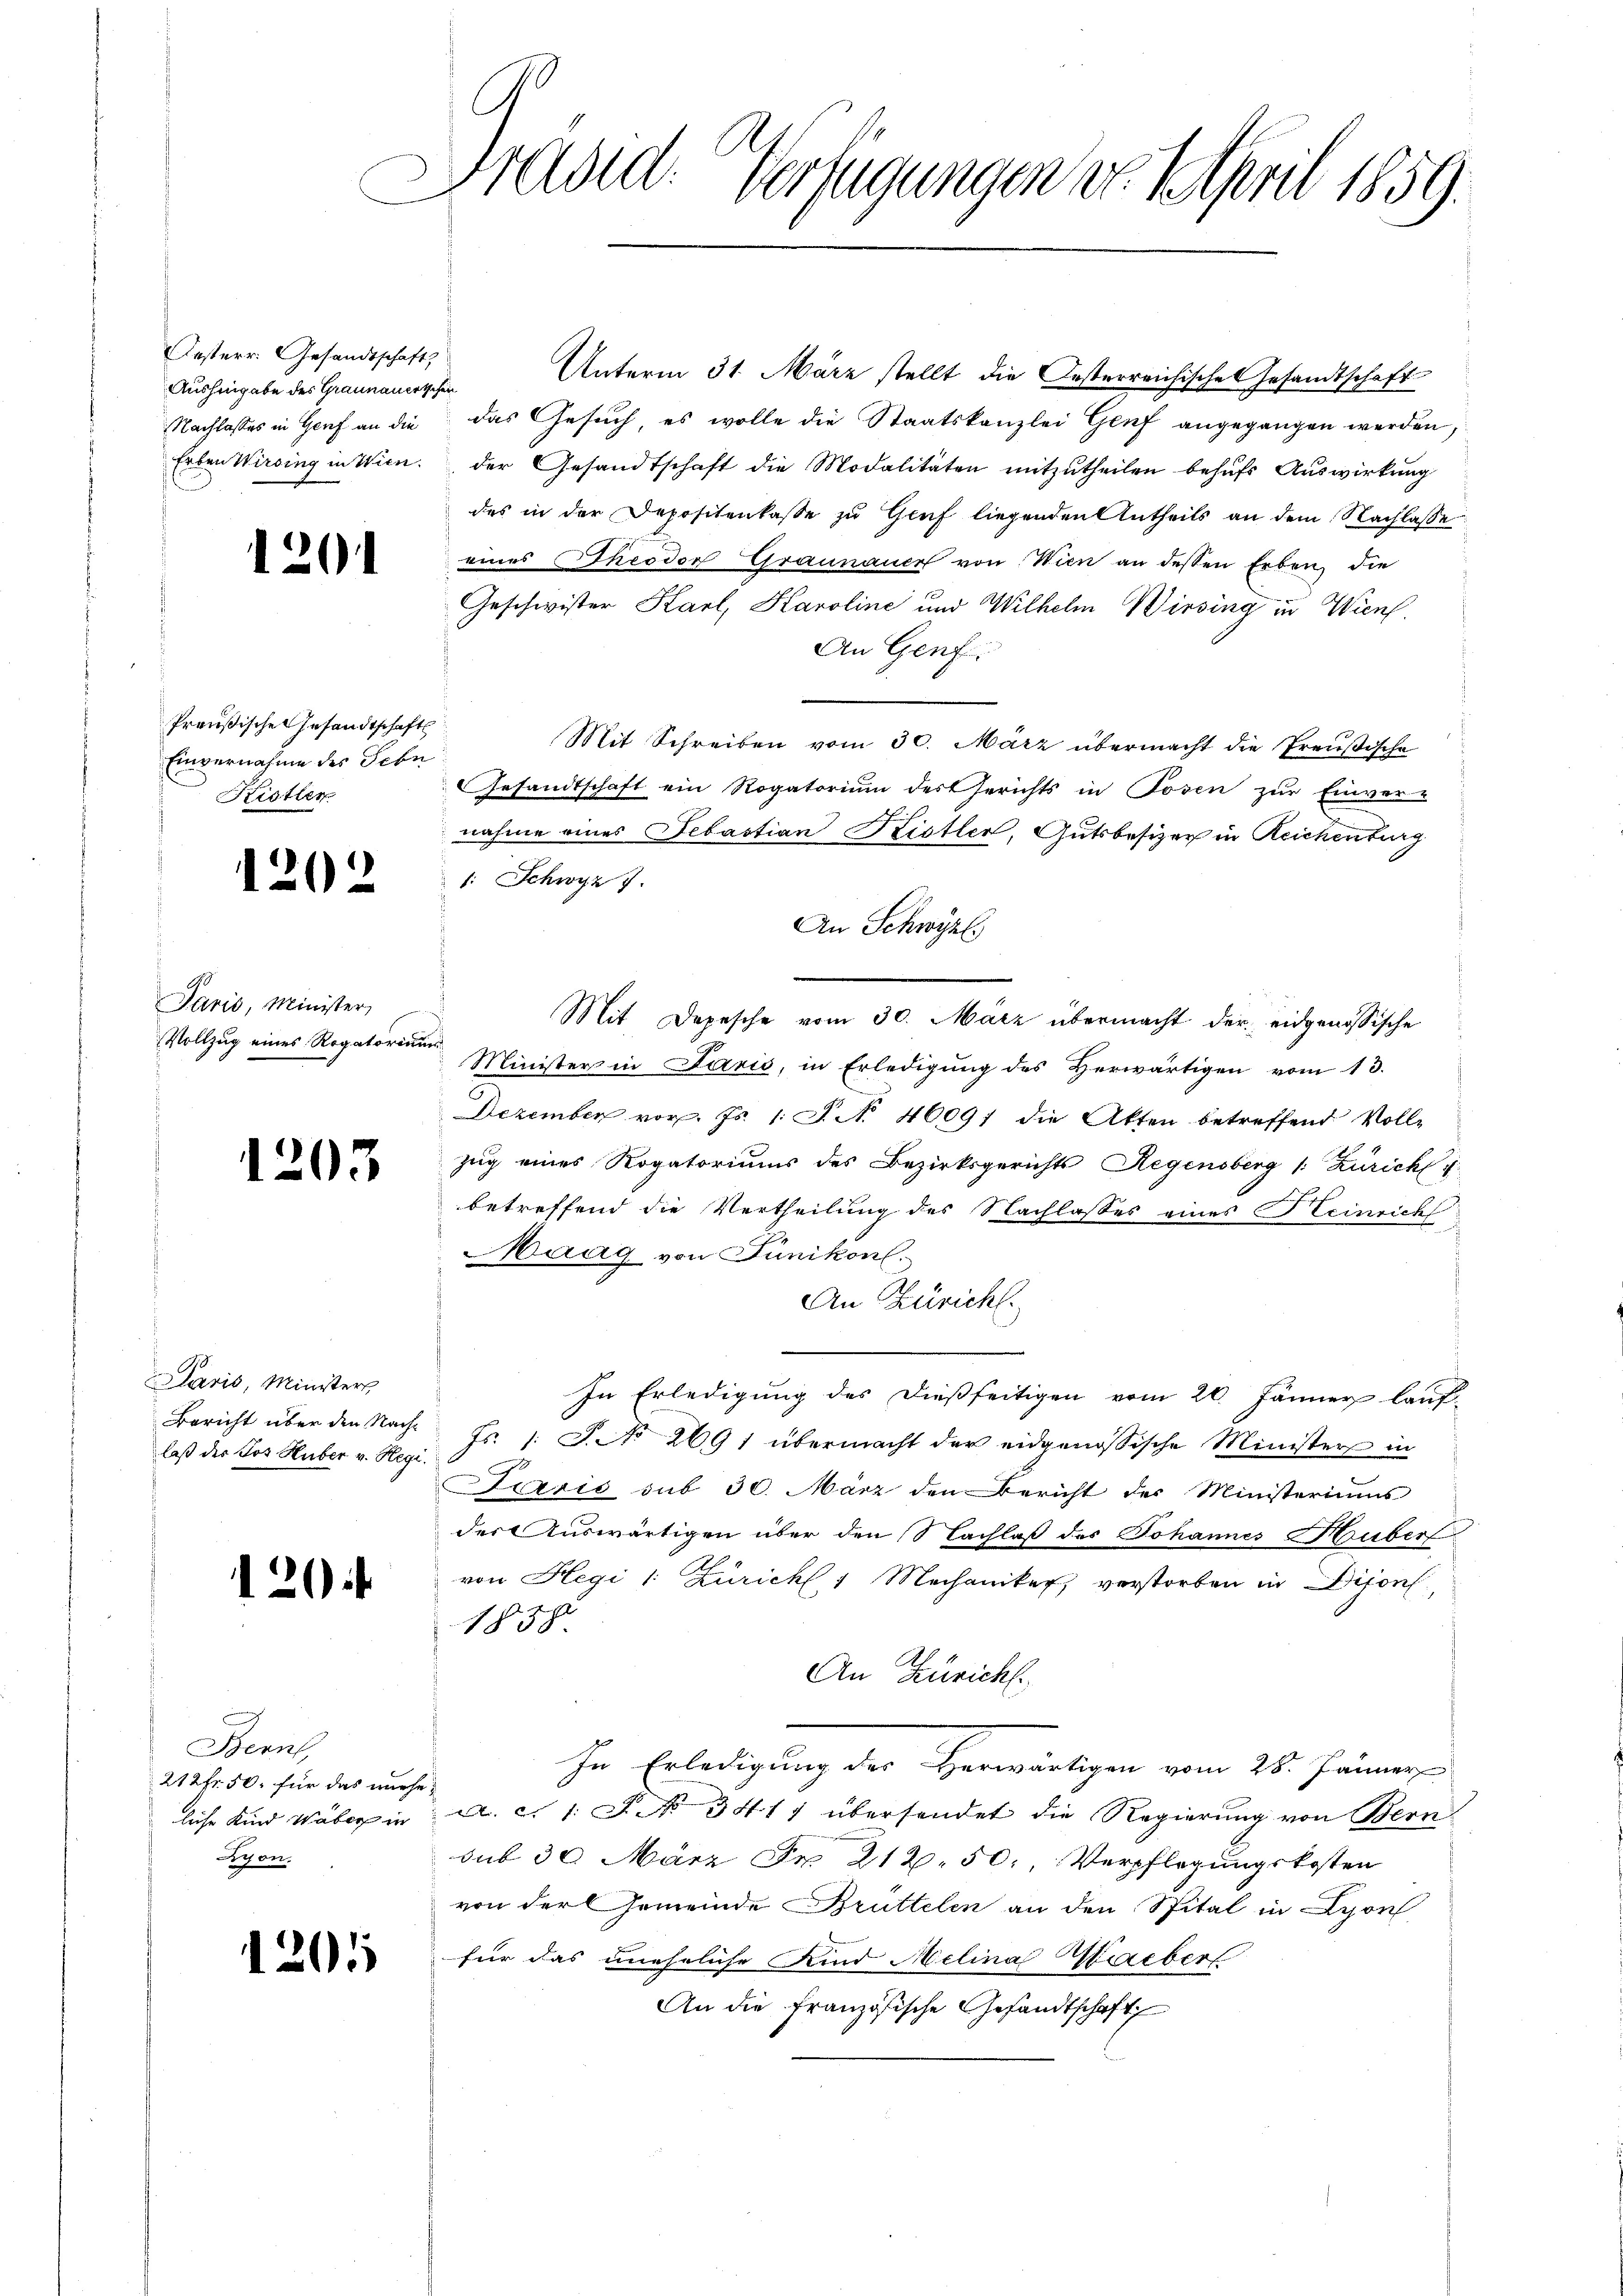
Festerr. Gesandtschaft,
Aushingabe des Graunauertschen
Nachlasses in Genf an die
Erben Wirding in Wien.

1202

2

¬

Preußischen Gesandtschaft
Einvernahme des Sehn
Kistler

Paris, Minister,
Vollzug eines Rogatorium

1203

Paris, Ministers
Bericht über den Nachlaß der Jos. Huber v. Regi

120

Bern,
212fr. 50. für das nurhe
liche Kind Waber in
yon.

1201

Präsid. Verfügungen er April 1859.

Unterm 31. März stellt die Oesterreichische Gesandtschaft
das Gesuch es wolle die Staatskanzlei Genf angegangen werden,
der Gesandtschaft die Modalitäten mitzutheilen behufs Auswirkung
des in der Depositenkasse zu Gruf liegenden Antheils an dem Nachlasse
eines Theodor Graunauce von Wien an dessen Erben, die
Geschwister Karl, Karoline und Wilhelm Wirsing in Wien.
An Genf.
Mit Schreiben vom 30. März übermacht die Preußische
Gesandtschaft ein Rogatorium der Gerichts in Tosen zur Einver-
nahme eines Sebastian Kistler, Gutsbesizer in Reichenburg
1: Schwyz 7.
An Schwyzl.
Mit Depesche vom 30. März übermacht der eidgenössische
Minister in Paris, in Erledigung des Herwärtigen vom 13.
Dezember vor. Js. 1. P. No 46097 die Atten betreffend Voll-
zug eines Rogatoriums des Bezirksgerichts Regensberg (: Zürich g
betreffend die Vertheilung des Nachlasses eines Heinrich
Maag von Jünikon.
An Züricht.
In Erledigung des dießseitigen vom 20. Jänner lauf-
Fs. 1. S. No 2691 übermacht der eidgenössische Ministers in
Laeris sub 30. März den Bericht des Ministeriums
der Auswärtigen über den Nachlaß des Johannes Huber
von Hegi /: Zürichl 1 Mechaniker, verstorben in Dison,
1
1858
An Züricht.
In Erledigung des Herwärtigen vom 28. Jänner
A. c. 1 S. No 341) übersendet die Regierung von Bernsub 30 März Fr. 212. 50, Verpflegungskosten
von der Gemeinde Brüttelen an den Spital in Lyon
für das uneheliche Kind Melina Macber
An die französische Gesandtschaft